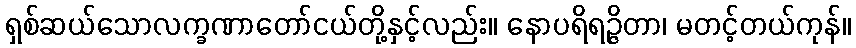
ရှစ်ဆယ်သောလက္ခဏာတော်ငယ်တို့နှင့်လည်း။ နောပရိရဉ္ဇိတာ၊ မတင့်တယ်ကုန်။